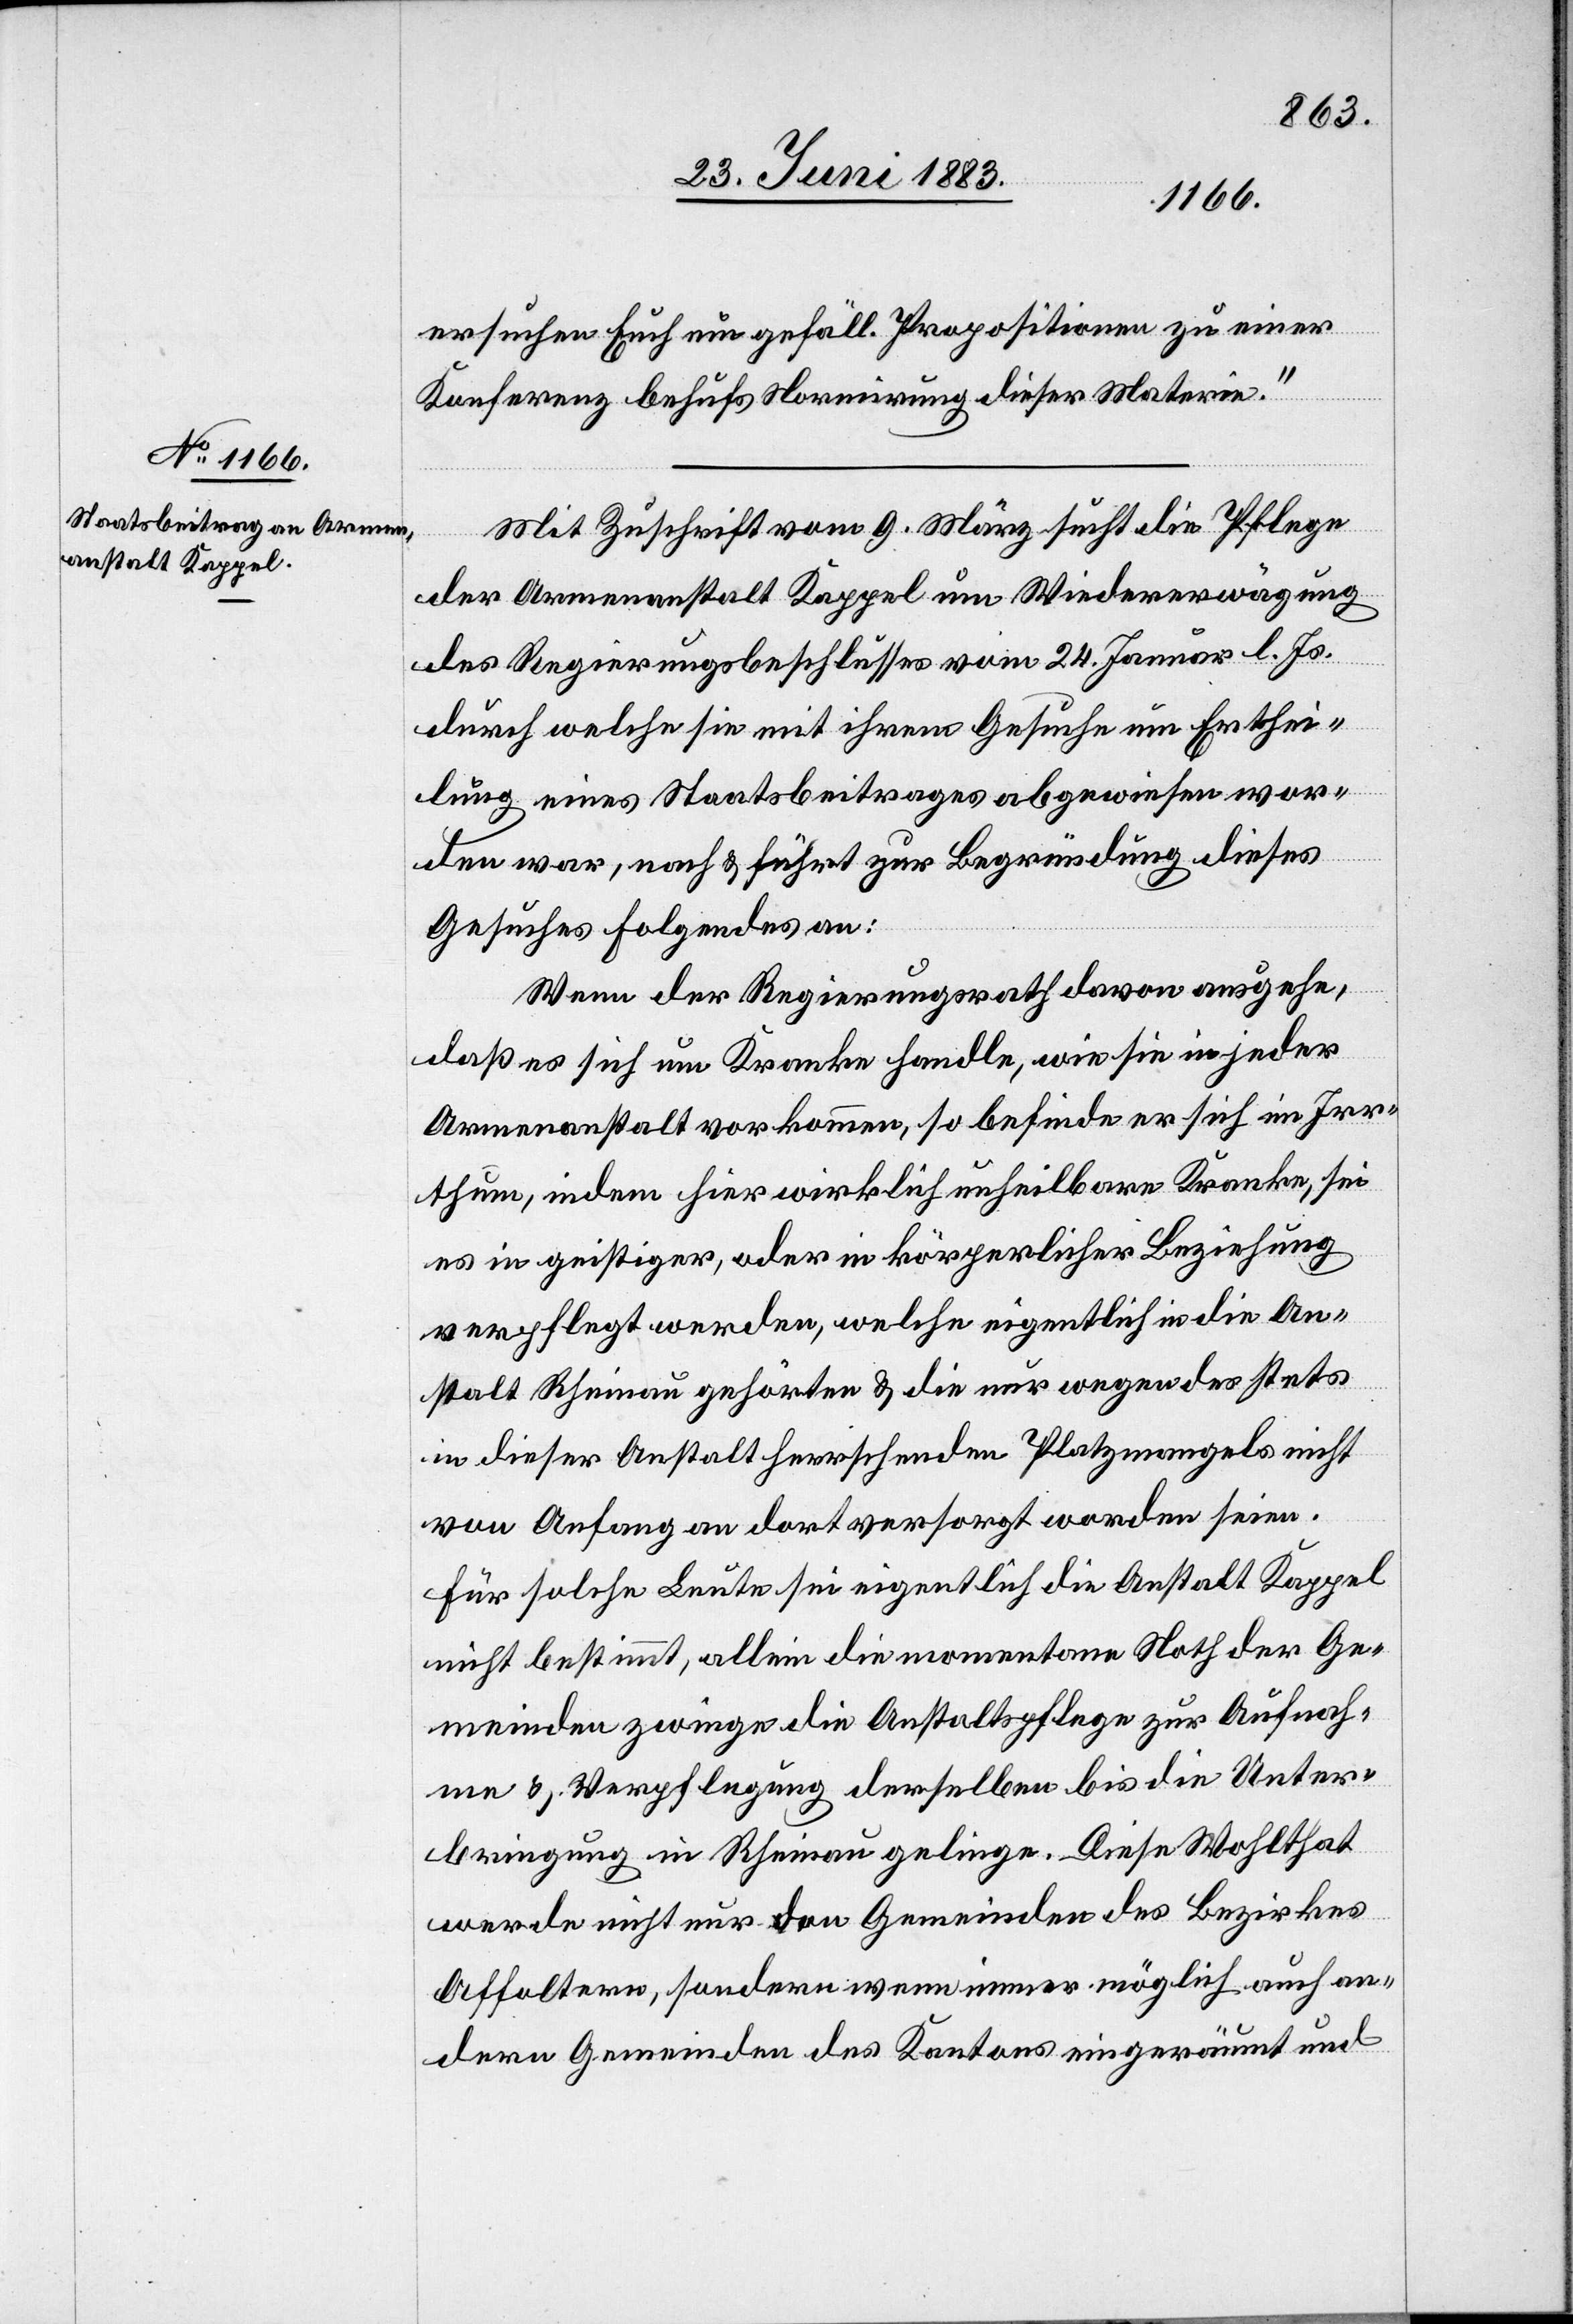
ersuchen Euch um gefäll. Propositionen zu einer
Konferenz behufs Normirung dieser Materie.“
Mit Zuschrift vom 9. März sucht die Pflege
der Armenanstalt Kappel um Wiedererwägung
des Regierungsbeschlusses vom 24. Januar l. Js.
durch welche sie mit ihrem Gesuche um Erthei¬
lung eines Staatsbeitrages abgewiesen wor¬
den war, nach & führt zur Begründung dieses
Gesuches Folgendes an:
Wenn der Regierungsrath davon ausgehe,
daß es sich um Kranke handle, wie sie in jeder
Armenanstalt vorkommen, so befinde er sich im Irr¬
thum, indem hier wirklich unheilbare Kranke, sei
es in geistiger, oder in körperlicher Beziehung
verpflegt werden, welche eigentlich in die An¬
stalt Rheinau gehörten & die nur wegen des stets
in dieser Anstalt herrschenden Platzmangels nicht
von Anfang an dort versorgt worden seien.
Für solche Leute sei eigentlich die Anstalt Kappel
nicht bestimmt, allein die momentane Noth der Ge¬
meinde zwinge die Anstaltspflege zur Aufnah¬
me & Verpflegung derselben bis die Unter¬
bringung in Rheinau gelinge. Diese Wohlthat
werde nicht nur den Gemeinden des Bezirkes
Affoltern, sondern wenn immer möglich auch an¬
dern Gemeinden des Kantons eingeräumt und